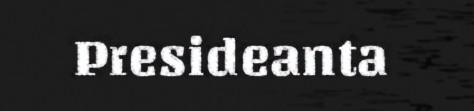
Presideanta